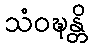
သံဝဍ္ဎန္တိ